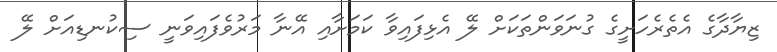
ޒިޔާދާގެ އެތެރެހަށީގެ ގުނަވަންތަކަށް ލޭ އެޅިފައިވާ ކަމަށާއި އޭނާ މަރުވެފައިވަނީ ސިކުނޑިއަށް ލޭ